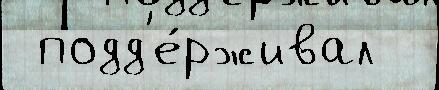
 подд'е́рживал